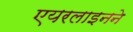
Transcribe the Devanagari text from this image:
एयरलाइनने